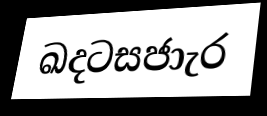
ඛදටසජාැර